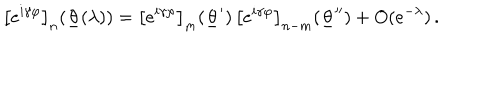
\left[ e ^ { i \gamma \varphi } \right] _ { n } ( \underline { { { \theta } } } ( \lambda ) ) = \left[ e ^ { i \gamma \varphi } \right] _ { m } ( \underline { { { \theta } } } ^ { \prime } ) \, \left[ e ^ { i \gamma \varphi } \right] _ { n - m } ( \underline { { { \theta } } } ^ { \prime \prime } ) + O ( e ^ { - \lambda } ) \, .